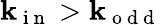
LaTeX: \mathbf{k}_{\mathrm{{~i~n~}}}>\mathbf{k}_{\mathrm{{~o~d~d~}}}